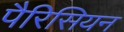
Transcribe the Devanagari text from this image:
पैरिसियन